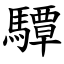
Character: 驔